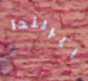
ايرلندا